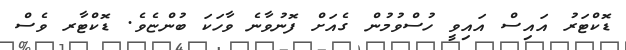
ޑޮކްޓަރު އައިސް އައިވީ ހުސްވުމުން ގެއަށް ފޮނުވާނެ ވާހަކަ ބުންޏެވެ. ޑޮކްޓާރ ވެސް